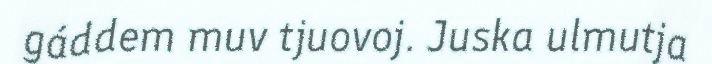
gáddem muv tjuovoj. Juska ulmutja